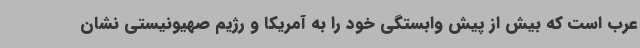
عرب است که بیش از پیش وابستگی خود را به آمریکا و رژیم صهیونیستی نشان